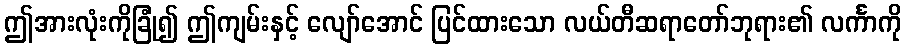
ဤအားလုံးကိုခြုံ၍ ဤကျမ်းနှင့် လျော်အောင် ပြင်ထားသော လယ်တီဆရာတော်ဘုရား၏ လင်္ကာကို